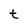
Character: t